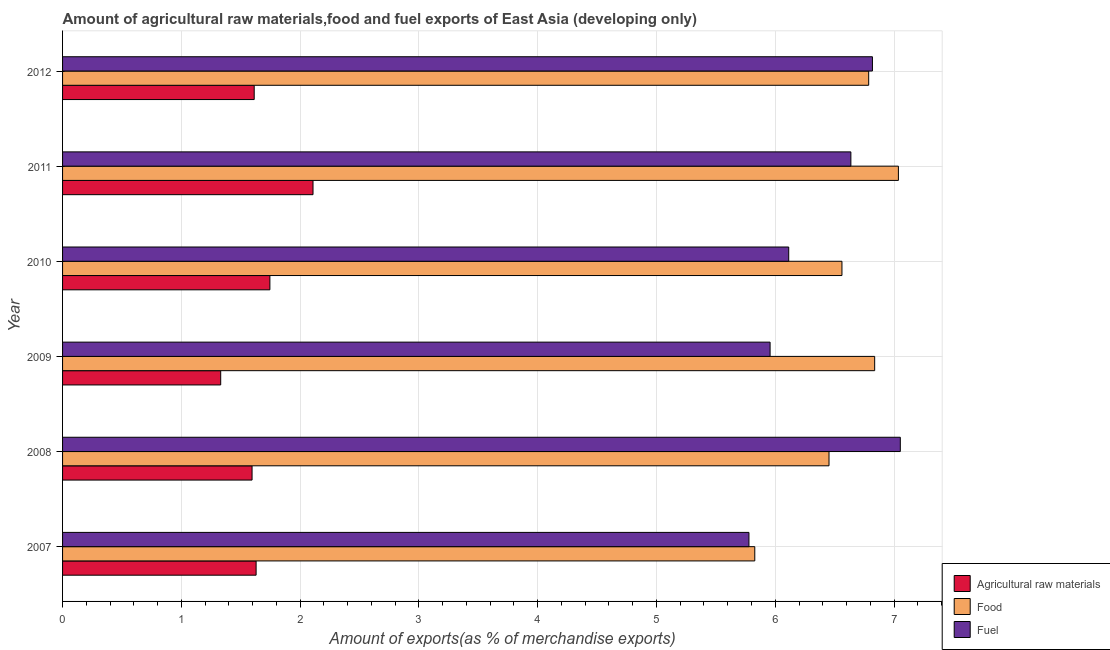
| Year | Agricultural raw materials | Food | Fuel |
 | --- | --- | --- | --- |
 | 2007 | 1.63 | 5.83 | 5.78 |
 | 2008 | 1.6 | 6.45 | 7.05 |
 | 2009 | 1.33 | 6.84 | 5.96 |
 | 2010 | 1.75 | 6.56 | 6.11 |
 | 2011 | 2.11 | 7.04 | 6.64 |
 | 2012 | 1.61 | 6.79 | 6.82 |